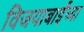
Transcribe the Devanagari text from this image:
विजयाबाईंच्या